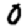
Digit: 0